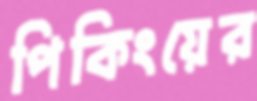
পিকিংয়ের